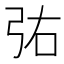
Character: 𫸫